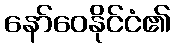
နော်ဝေနိုင်ငံ၏